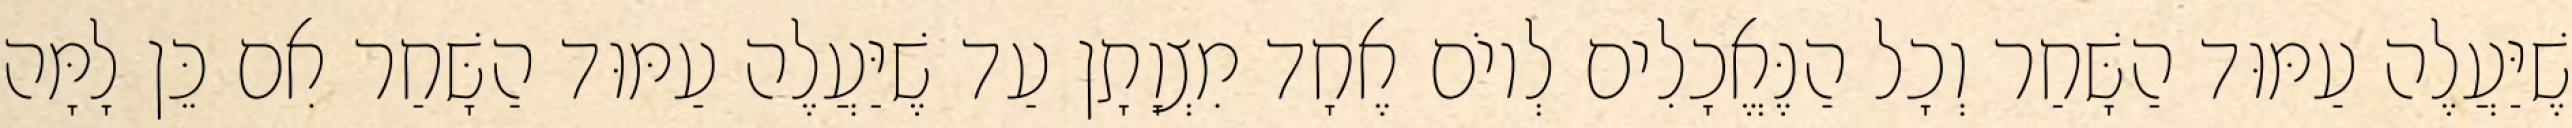
שֶׁיַּעֲלֶה עַמּוּד הַשָּׁחַר וְכָל הַנֶּאֱכָלִים לְיוֹם אֶחָד מִצְוָתָן עַד שֶׁיַּעֲלֶה עַמּוּד הַשָּׁחַר אִם כֵּן לָמָּה